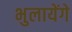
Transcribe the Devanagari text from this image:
भुलायेंगे